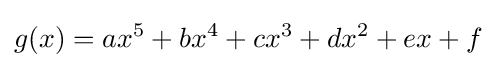
g(x)=ax^{5}+bx^{4}+cx^{3}+dx^{2}+ex+f